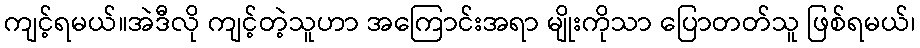
ကျင့်ရမယ်။အဲဒီလို ကျင့်တဲ့သူဟာ အကြောင်းအရာ မျိုးကိုသာ ပြောတတ်သူ ဖြစ်ရမယ်၊